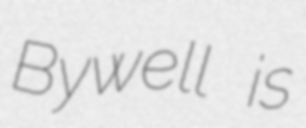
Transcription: Bywell is